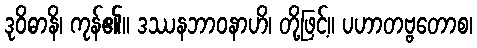
ဒုဝိဓာနိ၊ ကုန်၏။ ဒဿနဘာဝနာဟိ၊ တို့ဖြင့်။ ပဟာတဗ္ဗတောစ၊